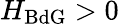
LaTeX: H_{\mathrm{BdG}}>0